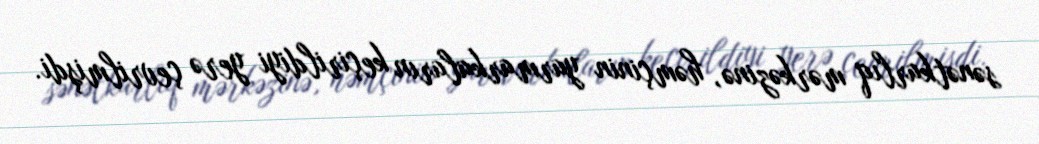
sənətkarlıq mərkəzinə, həmçinin yarmarkaların keçirildiyi yerə çevrilmişdi.